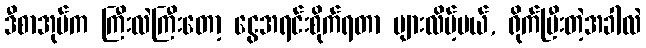
ဒီစာအုပ်က ကြီးလဲကြီးတော့ ငွေအရင်းစိုက်ရတာ များလိမ့်မယ်, ရိုက်ပြီးတဲ့အခါလဲ